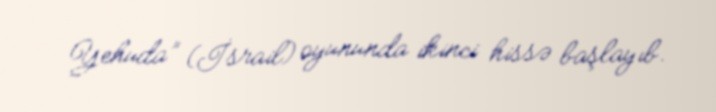
Yehuda” (İsrail) oyununda ikinci hissə başlayıb.